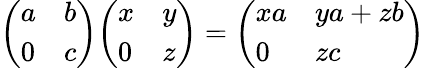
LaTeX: {\left(\begin{array}{ll}{a}&{b}\\ {0}&{c}\end{array}\right)}{\left(\begin{array}{ll}{x}&{y}\\ {0}&{z}\end{array}\right)}={\left(\begin{array}{ll}{xa}&{ya+zb}\\ {0}&{zc}\end{array}\right)}